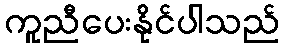
ကူညီပေးနိုင်ပါသည်